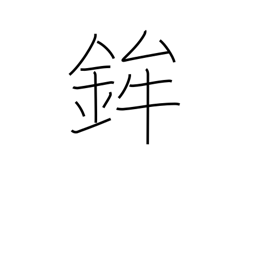
Meaning: festival float